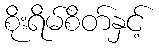
စိုးရိမ်စိတ်နှင့်